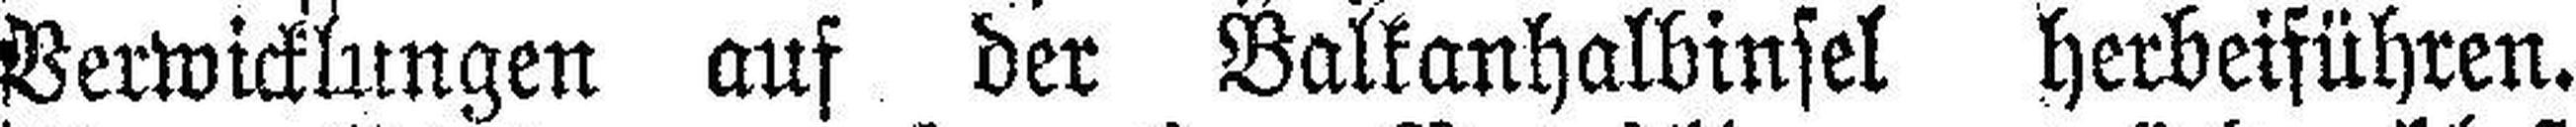
Verwicklungen auf der Balkanhalbinsel herbeiführen.